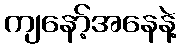
ကျနော့်အနေနဲ့